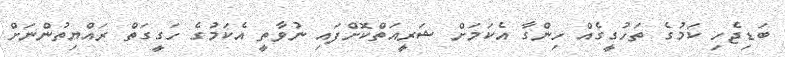
ބަޑިޖެހި ކަމުގެ ތަހުގީގެއް ހިންގާ އެކަމަށް ޝަރީއަތްކޮށްފައި ނުވާތީ އެކަމުގެ ހަގީގަތް ރައްޔިތުންނަށް